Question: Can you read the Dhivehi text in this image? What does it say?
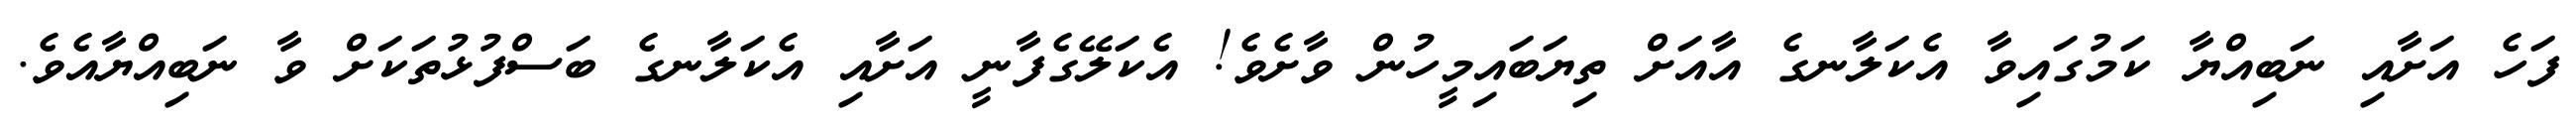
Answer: ފަހެ އަށާއި ނަބިއްޔާ ކަމުގައިވާ އެކަލާނގެ އާއަށް ތިޔަބައިމީހުން ވާށެވެ! އެކަލޭގެފާނީ އަށާއި އެކަލާނގެ ބަސްފުޅުތަކަށް ވާ ނަބިއްޔާއެވެ.